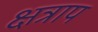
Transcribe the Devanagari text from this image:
क्षत्राप